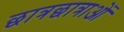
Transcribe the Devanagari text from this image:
छात्रछात्राओं